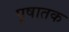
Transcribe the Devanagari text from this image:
पृषातक